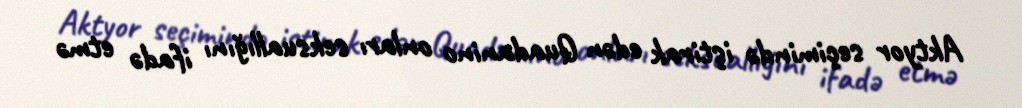
Aktyor seçimində iştirak edən Quadanino onları seksuallığını ifadə etmə